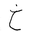
Letter: _kha